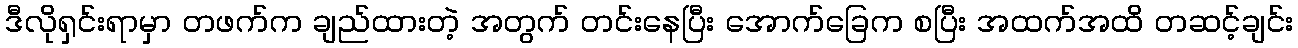
ဒီလိုရှင်းရာမှာ တဖက်က ချည်ထားတဲ့ အတွက် တင်းနေပြီး အောက်ခြေက စပြီး အထက်အထိ တဆင့်ချင်း